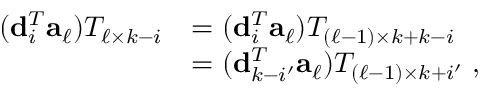
\begin{array} { r l } { ( { \bf d } _ { i } ^ { T } { \bf a } _ { \ell } ) T _ { \ell \times k - i } } & { = ( { \bf d } _ { i } ^ { T } { \bf a } _ { \ell } ) T _ { ( { \ell - 1 } ) \times k + k - i } } \\ & { = ( { \bf d } _ { k - i ^ { \prime } } ^ { T } { \bf a } _ { \ell } ) T _ { ( { \ell - 1 } ) \times k + i ^ { \prime } } \; , } \end{array}